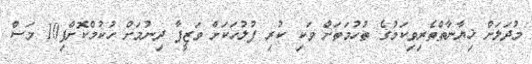
މުދަލަށް ޚިޔާނާތްތެރިވިކަމުގެ ތުހުމަތަށް ވަކި ކުރި ފުލުހަކަށް ވަޒީފާ ދިނުމަށް ހުކުމްކޮށްފި10 މަސް